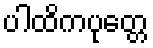
ပါထိကပုတ္တေ